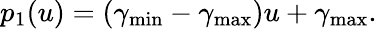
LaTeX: p_{1}(u)=(\gamma_{\textup{min}}-\gamma_{\textup{max}})u+\gamma_{\textup{max}}.